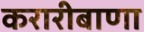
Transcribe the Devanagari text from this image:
करारीबाणा